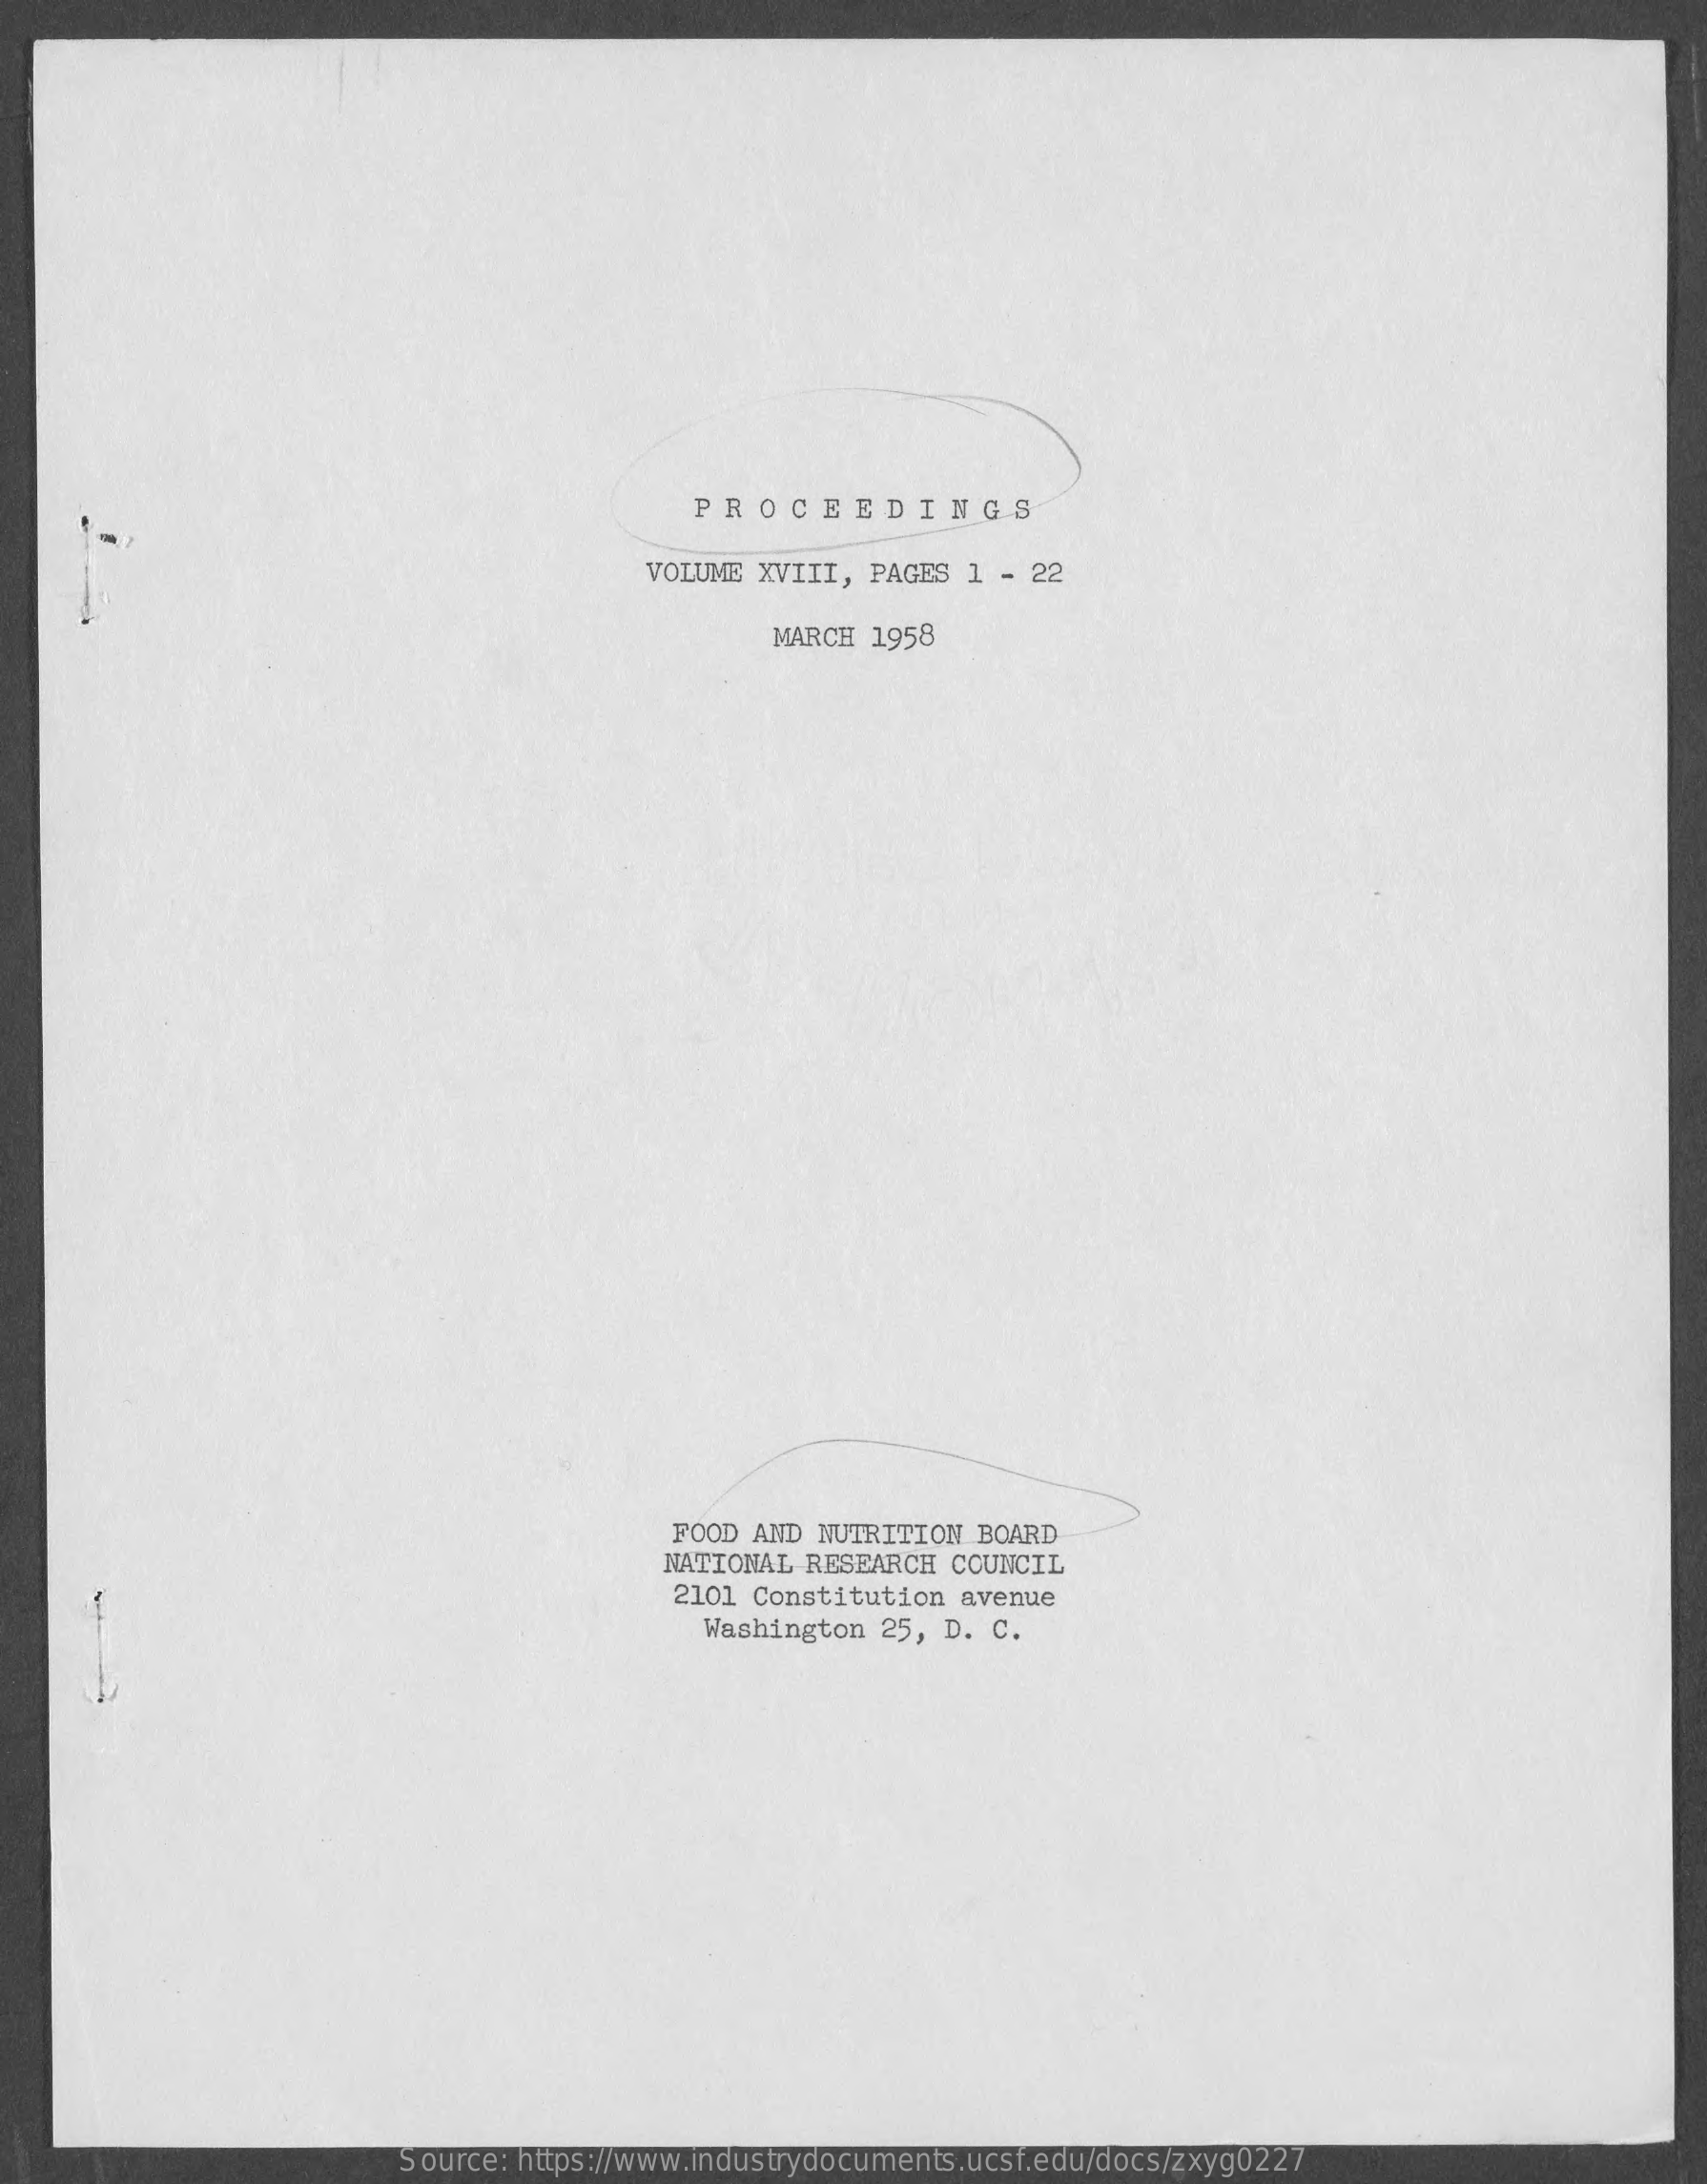
PROCEEDINGS
     VOLUME XVIII,  PAGES 1 - 22
     MARCH 1958
     FOOD AND NUTRITION  BOARD
     NATIONAL RESEARCH  COUNCIL
     2101 Constitution  avenue
     Washington  25, D. C.
     Source: https://www.industrydocuments.ucsf.edu/docs/zxyg0227